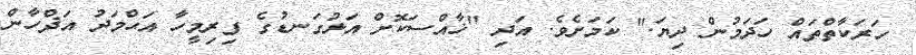
ހަރަކާތްތައް ހަދަމުން ދިޔަ." ކަމަށެވެ. އަދި "ޚާއްސަކޮށް އަޅުގަނޑުގެ ފިރިމީހާ އަޙްމަދު އަޛްހާން